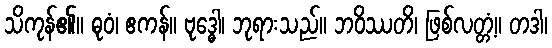
သိကုန်၏။ ဓုဝံ၊ ဧကန်။ ဗုဒ္ဓေါ၊ ဘုရားသည်။ ဘဝိဿတိ၊ ဖြစ်လတ္တံ့။ တဒါ၊